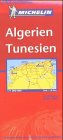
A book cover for Algeria / Tunisia (Michelin Main Road Maps); Travel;